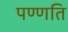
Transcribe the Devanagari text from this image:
पण्णति